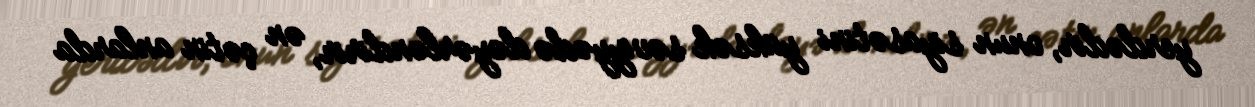
yerdədir, onun siyasətini yüksək səviyyədə dəyərləndirir, ən çətin anlarda